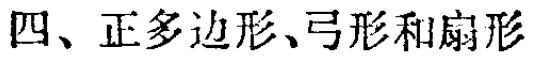
四、正多边形、弓形和扇形